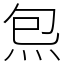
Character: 炰